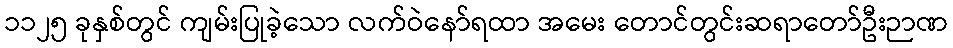
၁၁၂၅ ခုနှစ်တွင် ကျမ်းပြုခဲ့သော လက်ဝဲနော်ရထာ အမေး တောင်တွင်းဆရာတော်ဦးဉာဏ